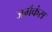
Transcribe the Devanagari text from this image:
जमैकंस